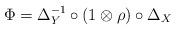
LaTeX: \begin{gather*}\Phi=\Delta_Y^{-1}\circ(1\otimes\rho)\circ\Delta_X\end{gather*}